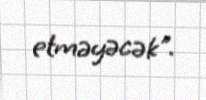
etməyəcək".